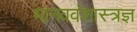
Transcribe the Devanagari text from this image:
मानववंशास्त्रज्ञ